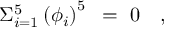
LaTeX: \Sigma _ { i = 1 } ^ { 5 } \left( \phi _ { i } \right) ^ { 5 } ~ = ~ 0 \quad ,